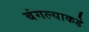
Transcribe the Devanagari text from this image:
बंगल्याकडे